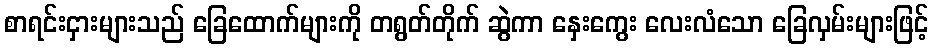
စာရင်းငှားများသည် ခြေထောက်များကို တရွတ်တိုက် ဆွဲကာ နှေးကွေး လေးလံသော ခြေလှမ်းများဖြင့်